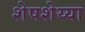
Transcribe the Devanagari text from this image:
शेषशेय्या